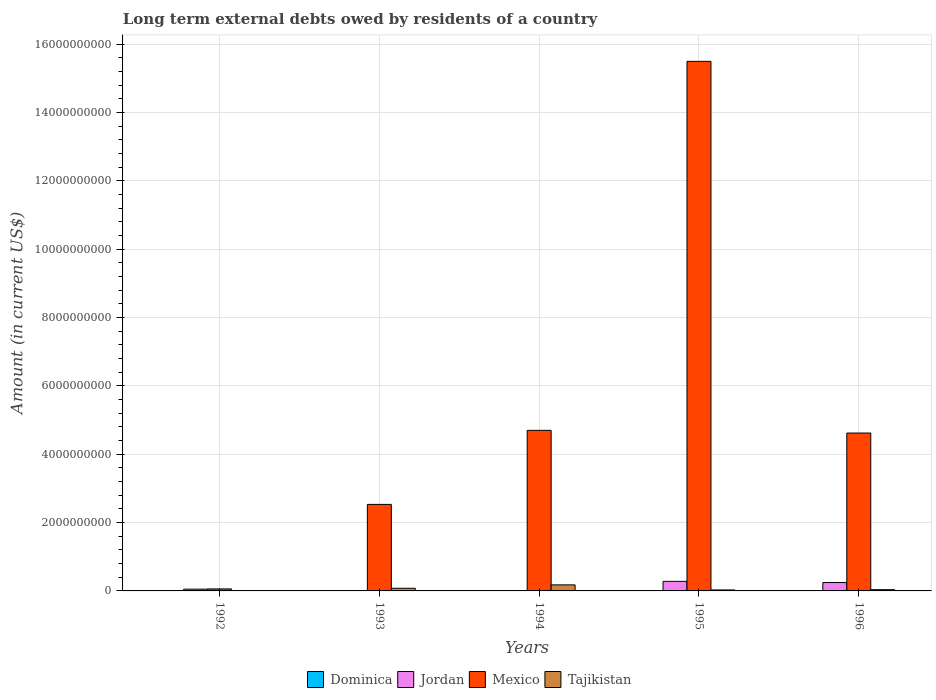
| Years | Dominica | Jordan | Mexico | Tajikistan |
 | --- | --- | --- | --- | --- |
 | 1992 | 5.75e+06 | 5.19e+07 | 5.86e+07 | 9.73e+06 |
 | 1993 | 1.93e+06 | -5.95e+07 | 2.53e+09 | 7.82e+07 |
 | 1994 | -2.8e+04 | -6.92e+07 | 4.7e+09 | 1.77e+08 |
 | 1995 | 5.77e+06 | 2.8e+08 | 1.55e+10 | 2.84e+07 |
 | 1996 | 4.31e+06 | 2.45e+08 | 4.62e+09 | 3.65e+07 |